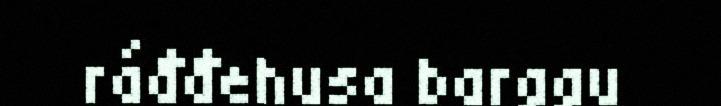
ráđđehusa barggu